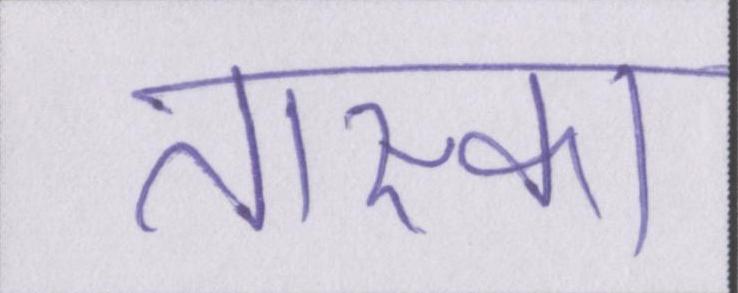
तास्का